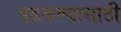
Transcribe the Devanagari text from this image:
पडकण्यासाठी